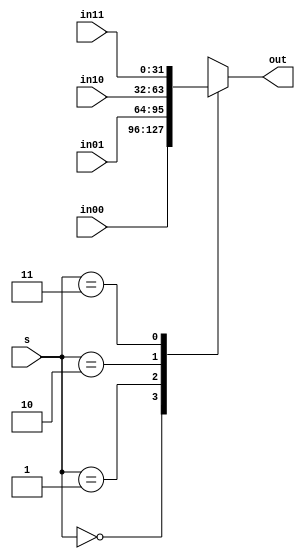
`timescale 1ns / 1ps

module Mux4#(parameter width = 32)
           (in00,
            in01,
            in10,
            in11,
            s,
            out);

    input      [width-1:0] in00;
    input      [width-1:0] in01;
    input      [width-1:0] in10;
    input      [width-1:0] in11;
    input            [1:0] s;
    output reg [width-1:0] out;
    
    always @(*) begin
        case (s)
            2'b00: out    <= in00;
            2'b01: out    <= in01;
            2'b10: out    <= in10;
            2'b11: out    <= in11;
            default: out  <= in00;
        endcase
    end
    
endmodule